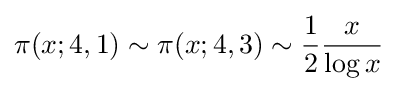
\pi (x;4,1)\sim \pi (x;4,3)\sim {\frac {1}{2}}{\frac {x}{\log x}}